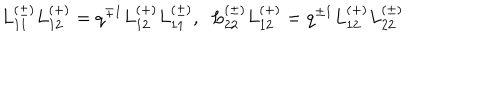
LaTeX: L _ { 1 1 } ^ { ( \pm ) } L _ { 1 2 } ^ { ( + ) } = q ^ { \mp 1 } L _ { 1 2 } ^ { ( + ) } L _ { 1 1 } ^ { ( \pm ) } , \; \; L _ { 2 2 } ^ { ( \pm ) } L _ { 1 2 } ^ { ( + ) } = q ^ { \pm 1 } L _ { 1 2 } ^ { ( + ) } L _ { 2 2 } ^ { ( \pm ) }